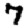
Digit: 7